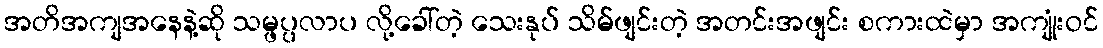
အတိအကျအနေနဲ့ဆို သမ္ဖပ္ပလာပ လို့ခေါ်တဲ့ သေးနုပ် သိမ်ဖျင်းတဲ့ အတင်းအဖျင်း စကားထဲမှာ အကျုံးဝင်